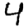
Digit: 4